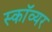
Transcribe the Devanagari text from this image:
स्काॅव्यर